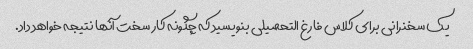
یک سخنرانی برای کلاس فارغ التحصیلی بنویسید که چگونه کار سخت آنها نتیجه خواهد داد.